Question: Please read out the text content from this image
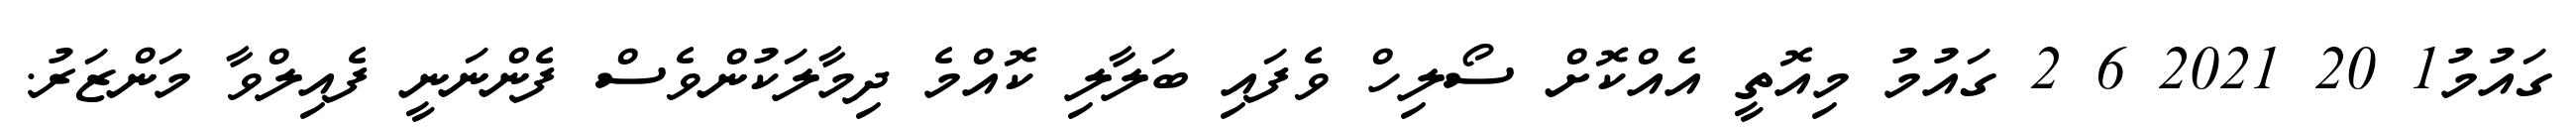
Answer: ގައުމު1 20 2021 6 2 ގައުމު މިއޮތީ އެއްކޮށް ސޯލިހް ވެފައި ބަލާލި ކޮއްމެ ދިމާލަކުންވެސް ފެންނަނީ ފެއިލްވާ މަންޒަރު.